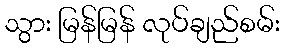
သွား မြန်မြန် လုပ်ချည်စမ်း